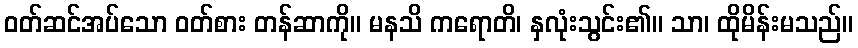
ဝတ်ဆင်အပ်သော ဝတ်စား တန်ဆာကို။ မနသိ ကရောတိ၊ နှလုံးသွင်း၏။ သာ၊ ထိုမိန်းမသည်။